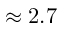
\approx 2 . 7